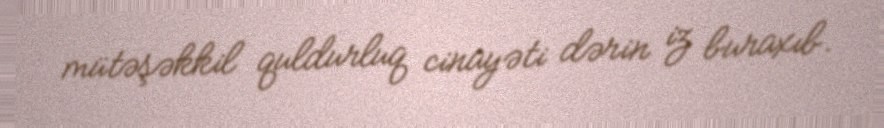
mütəşəkkil quldurluq cinayəti dərin iz buraxıb.